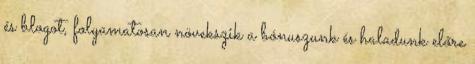
és blogot, folyamatosan növekszik a bónuszunk és haladunk előre